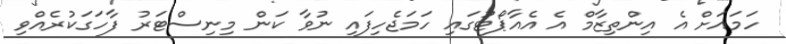
ހަމައަށް އެ އިންތިޒާމް އެ އެއާޕޯޓުގައި ހަމަޖެހިފައި ނުވާ ކަން މިނިސްޓަރު ފާހަގަކުރެއްވި